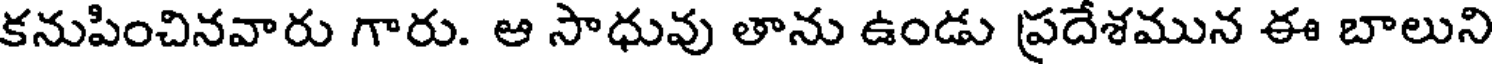
కనుపించినవారు గారు. ఆ సాధువు తాను ఉండు ప్రదేశమున ఈ బాలుని